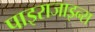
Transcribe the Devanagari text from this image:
पाइराजाइन्स